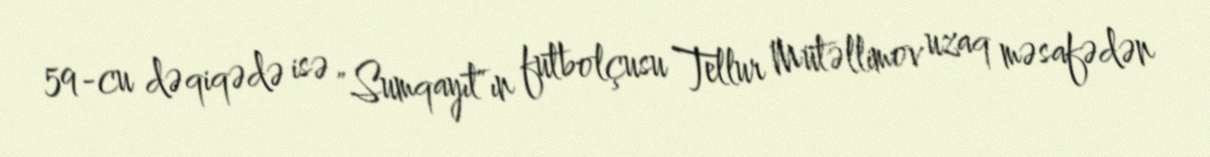
59-cu dəqiqədə isə "Sumqayıt"ın futbolçusu Tellur Mütəllimov uzaq məsafədən